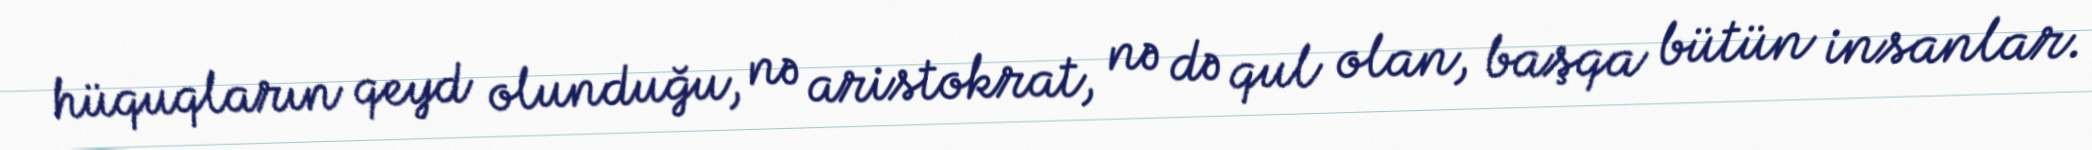
hüquqların qeyd olunduğu, nə aristokrat, nə də qul olan, başqa bütün insanlar.